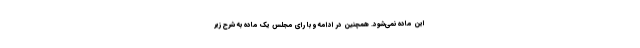
این ماده نمی‌شود. همچنین در ادامه و با رای مجلس یک ماده به شرح زیر